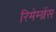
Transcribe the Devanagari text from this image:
रिमेम्ब्रेंस